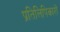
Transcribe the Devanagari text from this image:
प्रतिलिपिकारों